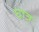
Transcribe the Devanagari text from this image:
घात्र